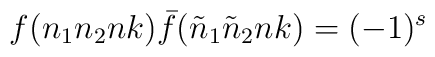
f(n_1n_2nk){\bar f}({\tilde n}_1{\tilde n}_2nk)=(-1)^s